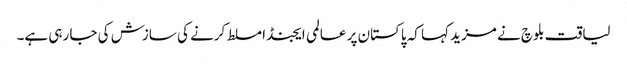
لیاقت بلوچ نے مزید کہا کہ پاکستان پر عالمی ایجنڈا مسلط کرنے کی سازش کی جا رہی ہے۔